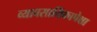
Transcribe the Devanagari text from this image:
व्यावसायिंकापेक्षा